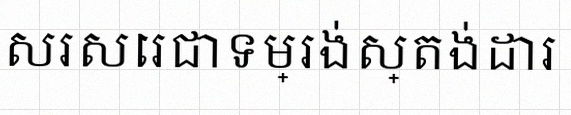
សរសេរជាទម្រង់ស្តង់ដារ